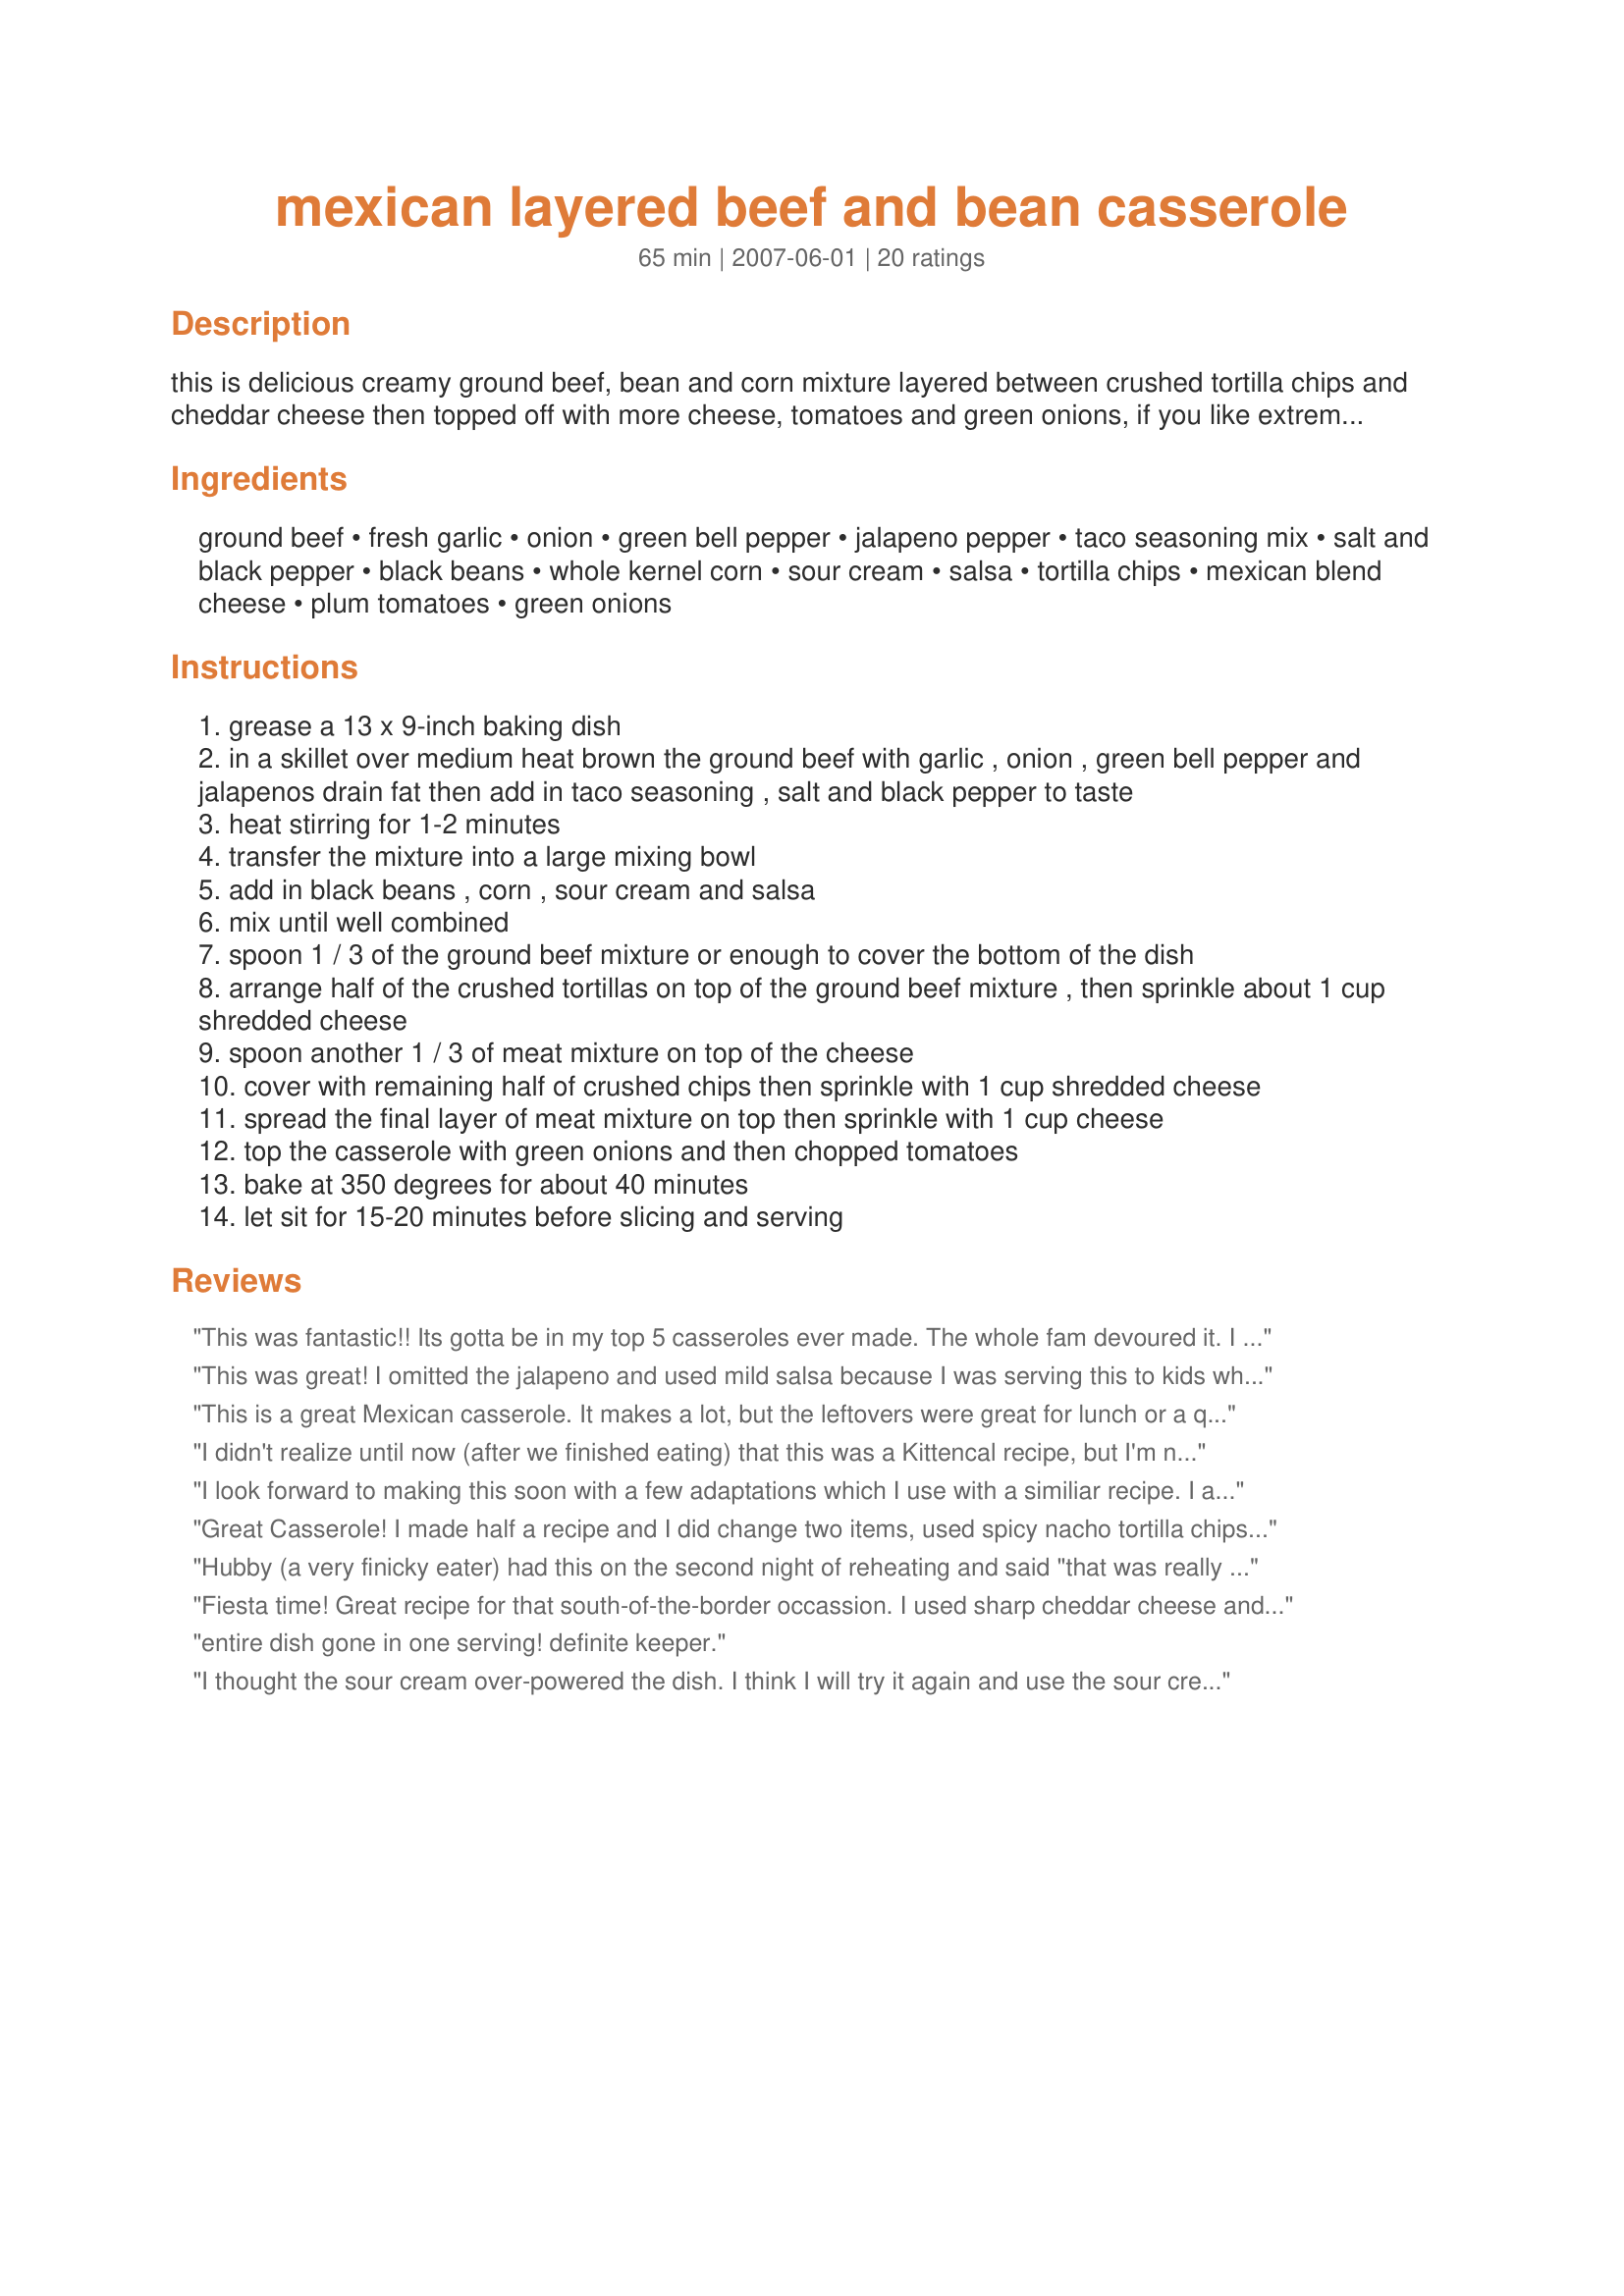
mexican layered beef and bean casserole
Preparation time: 65 minutes

this is delicious creamy ground beef, bean and corn mixture layered between crushed tortilla chips and cheddar cheese then topped off with more cheese, tomatoes and green onions, if you like extreme spice then add in some cayenne pepper and use spicy salsa as well as the jalapeno peppers :)

Ingredients:
ground beef, fresh garlic, onion, green bell pepper, jalapeno pepper, taco seasoning mix, salt and black pepper, black beans, whole kernel corn, sour cream, salsa, tortilla chips, mexican blend cheese, plum tomatoes, green onions

Steps:
grease a 13 x 9-inch baking dish
in a skillet over medium heat brown the ground beef with garlic , onion , green bell pepper and jalapenos drain fat then add in taco seasoning , salt and black pepper to taste
heat stirring for 1-2 minutes
transfer the mixture into a large mixing bowl
add in black beans , corn , sour cream and salsa
mix until well combined
spoon 1 / 3 of the ground beef mixture or enough to cover the bottom of the dish
arrange half of the crushed tortillas on top of the ground beef mixture , then sprinkle about 1 cup shredded cheese
spoon another 1 / 3 of meat mixture on top of the cheese
cover with remaining half of crushed chips then sprinkle with 1 cup shredded cheese
spread the final layer of meat mixture on top then sprinkle with 1 cup cheese
top the casserole with green onions and then chopped tomatoes
bake at 350 degrees for about 40 minutes
let sit for 15-20 minutes before slicing and serving

Reviews:
This was fantastic!! Its gotta be in my top 5 casseroles ever made. The whole fam devoured it. I did use an entire packet of taco seasoning(reduced sodium)and added a little extra sour cream.I can't wait to eat the leftovers! lol
This was great! I omitted the jalapeno and used mild salsa because I was serving this to kids who don't like spicy food. Even without the heat, we all loved it.I also used pinto beans instead of black beans. We had the sour cream, salsa, beans and corn in a mixing bowl waiting for the meat to finish, and we all thought it was a great dip! The kids had fun helping to layer the cheese and chips, which was a great way to get them involved with making dinner. The final product was beautiful, and tasted great. I'll definately make this again, and will likely use it as a go-to for potlucks! Thanks for posting!
This is a great Mexican casserole. It makes a lot, but the leftovers were great for lunch or a quick snack. I used one jalapeno pepper and substituted 1 can of kidney beans for the black beans because that's all I had. I think 1 can of kidney beans was plenty, though! Another winner, Kitten!
I didn't realize until now (after we finished eating) that this was a Kittencal recipe, but I'm not surprised! It was very very tasty and really easy to make. <br/>I only had about 2 cups of chips, so I cut up some corn tortillas, sprayed them with olive oil and sprinkled kosher salt, then baked them at 400 for a few minutes - voila! chips! So I only ended up with 4 cups, but I think it was plenty. <br/>I also reduced the sour cream by half, partly because of another reviewer's recommendation and partly because one of my son's doesn't care too much for it. The rest of us had some on the side to make up for it.<br/>I had two small red peppers which I used in place of the green, and I didn't use the jalapenos. I used 1 cup of mild and 1 cup of medium salsa. I didn't have a green onion or a tomato in the house, and I didn't want to go out in the icy weather with 3 small kids, so I just left those out too.<br/>We ate this with warm flour tortillas. Some of the kids wrapped it up like a burrito, and others used pieces to scoop up the casserole. <br/>I will definitely be making this one again, probably for the super bowl next month!
I look forward to making this soon with a few adaptations which I use with a similiar recipe. I am sure it is absolutely delicious as written, but, sigh, I have to save some calories. The adaptations I have in mind really have more to do with preference than function. I have used ground turkey and reduced fat sour cream and cheese with no difficulties. I use corn tortillas torn into bits instead of chips and refried beans (just because I like them). Maybe it is the cheese I use but I have decided that I cannot taste or detect the cheese when it is mixed in( it just kind or disappears) so I will experiment with putting it on top when I reheat a portion. I figure, that way, that I can taste and enjoy it more. As long as I&#039;m indulging, I may as well as enjoy it! Also, since layering is more work for me, I just mix the ingredients together. Tastes good to me. Really just depends on your tastes and how you want the dish to look. Terrific recipe, very flexible and forgiving. Thanks for posting, Kitten!
Great Casserole! I made half a recipe and I did change two items, used spicy nacho tortilla chips and Recipe #26919 for black beans. It has great flavors and is very filling.
Hubby (a very finicky eater) had this on the second night of reheating and said "that was really awesome".
Fiesta time! Great recipe for that south-of-the-border occassion. I used sharp cheddar cheese and 1.5 pounds of beef. Super way to use up those end of the bag tortilla chip pieces. This recipe makes enough for a family meal. Thanks for sharing.
entire dish gone in one serving! definite keeper.
I thought the sour cream over-powered the dish. I think I will try it again and use the sour cream and salsa as condiments/toppings instead. <br/><br/>The beef/taco-seasoning/bean/pepper/onion/garlic mixture tasted great PRIOR to adding the sour cream and salsa. After adding the sour cream, it really diluted the great flavors that were developed.
Bravo!- Very easy to make, yummy and oh so filling. I'll definately make this again!
Yummy casserole! I made half a recipe and I guess due to portioning I only had two layers of the meat mixture so the crushed tortilla chips and cheese were on top but it came out with a crispy nacho-ey topping that was delicious!
Loved this! It was very easy and SO delicious... we might make it a weekly recipe. Fed us for two meals.
My family loved this and only one small piece was left in the corner of the baking dish. DD came into the kitchen and said I was to rate this at 5 stars without me even asking! I used ground sirloin, omitted the jalapeno pepper for us, and had dark red kidney beans on hand so used those instead of black beans. DH bought the Frito's Scoops and they worked a lot better for crushing. Thank you sweets for a great recipe!
Very good. I made a half recipe of this hot dish. Instead of adding the chips we ate this on corn tortillas . I mixed everything together and topped it with shredded pepperjack cheese.
Nice one, Kittencal....Next time I will add a bit more Salsa and Sour cream so that when it re-heats there is a bit more juice
OMG. This is the best. I have made it many times and it is always good. I use extra lean ground beef, Fat free or light sour cream, low fat tortilla chips, and low fat cheese. You would never know if you weren't told. My hubby hates low fat and he still doesn't know I make it this way. He loves it.
Tried this recipe for my daughter's birthday party and it made a huge hit with my family!! I did not make any changes to the recipe and it turned out great. I wouldn't change a thing! To save some time I assembled it the night before and baked it the next morning for the lunch. Thanks so much for such a fantastic recipe!!!
Very good! I omitted the jalape&ntilde;o and lo and behold my husband said it would have been perfect with jalape&ntilde;os! Next time! The ingredients make ALOT of filling so unless your 9 x 13 pan is deep, I suggest using a larger pan. Having leftovers tonight. Yum!
Very easy to make and everyone loved it! Thanks so much! We will make it again!
